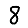
Digit: 8